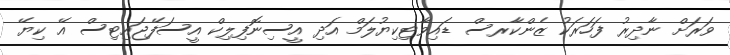
ވަރަށް ނާދިރު ފަހަރަކު ޒެންކާރސް ޑައިވާޓިކިޔުލަމް އަދި އީސިނޮފިލިކް އީސަފޭޖައިޓިސް އޭ ކިޔޭ